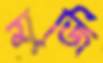
মুজি